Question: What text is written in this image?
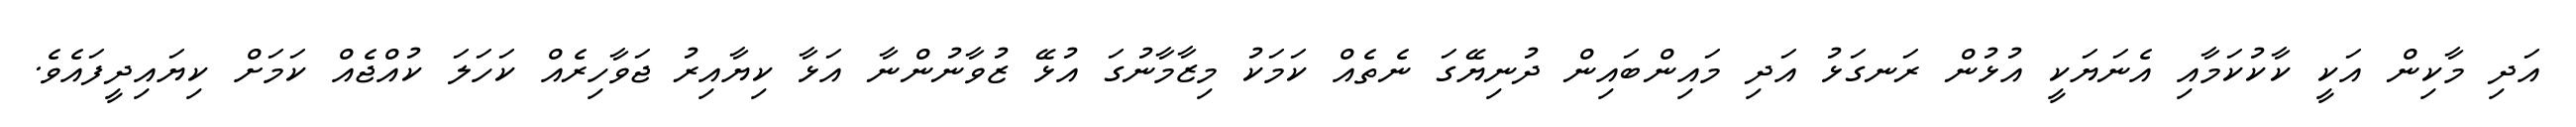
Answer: އަދި މާކިން އަކީ ކާކުކަމާއި އެނަޔަކީ އުޅުން ރަނގަޅު އަދި މައިންބައިން ދުނިޔޭގަ ނެތެއް ކަމަކު މިޒާމާނުގަ އުޅޭ ޒުވާނުންނާ އަޅާ ކިޔާއިރު ޖަވާހިރެއް ކަހަލަ ކުއްޖެއް ކަމަށް ކިޔައިދީފައެވެ.